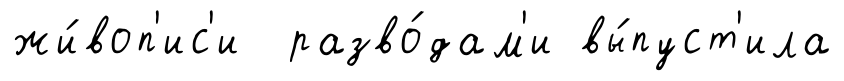
жи́воп'ис'и разво́дам'и вы́пуст'ила